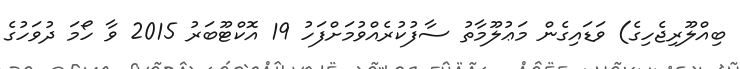
ބިއްލޫރިޖެހިގެ) ވަޑައިގެން މަޢުލޫމާތު ސާފުކުރެއްވުމަށްފަހު 19 އޮކްޓޫބަރު 2015 ވާ ހޯމަ ދުވަހުގެ